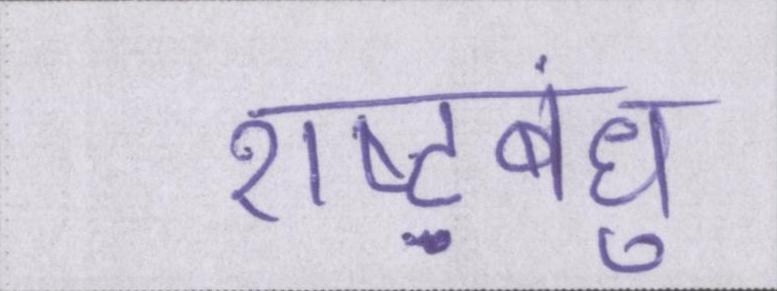
राष्ट्रबंधु